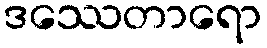
ဒဿေတာရော